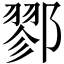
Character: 鄝